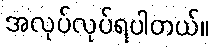
အလုပ်လုပ်ရပါတယ်။